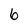
Character: 6